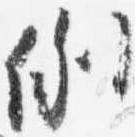
例